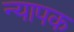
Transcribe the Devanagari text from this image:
न्यापक